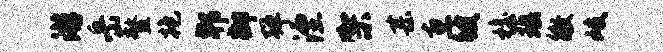
游岳鳌抱郫御弹湮架甚惠彼檐瑶徵岐